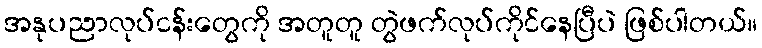
အနုပညာလုပ်ငန်းတွေကို အတူတူ တွဲဖက်လုပ်ကိုင်နေပြီပဲ ဖြစ်ပါတယ်။